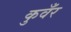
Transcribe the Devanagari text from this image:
कुवँर